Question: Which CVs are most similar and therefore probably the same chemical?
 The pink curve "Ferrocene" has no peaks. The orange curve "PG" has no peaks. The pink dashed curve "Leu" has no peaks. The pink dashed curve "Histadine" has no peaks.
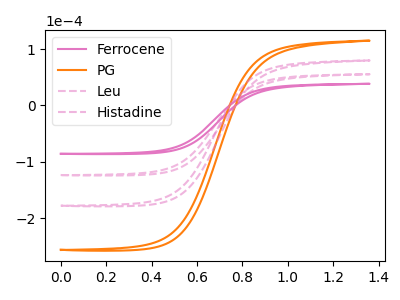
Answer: <think>Neither "Ferrocene" or "PG" have any peaks. Neither "Ferrocene" or "Leu" have any peaks. Neither "Ferrocene" or "Histadine" have any peaks. Neither "PG" or "Leu" have any peaks. Neither "PG" or "Histadine" have any peaks. Neither "Leu" or "Histadine" have any peaks.
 </think>
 <answer>"Ferrocene", "PG", "Leu" and "Histadine" have the same shape and are likely CV's of the same chemical.</answer>
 <eval>"Ferrocene" "PG" "Leu" "Histadine"</eval>